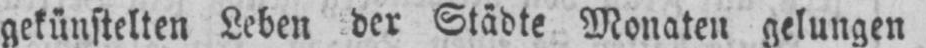
gekünstelten Leben der Städte Monaten gelungen